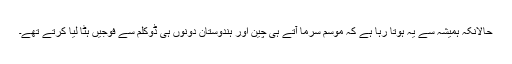
حالانکہ ہمیشہ سے یہ ہوتا رہا ہے کہ موسم سرما آتے ہی چین اور ہندوستان دونوں ہی ڈوکلم سے فوجیں ہٹا لیا کرتے تھے۔